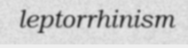
leptorrhinism